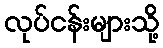
လုပ်ငန်းများသို့